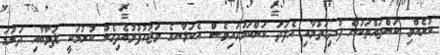
ކުރެއްވި ކަންތައްތަކުން ފުދިގަތުމާއި އެފަދަ ކަންކަމުގައިވެސް އެކަލާނގެ ވަޖުހުފުޅުއެދިގެން ކުރުމަކީ ޘަވާބާއި ދަރުމަ